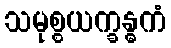
သမုစ္စယက္ခန္ဓကံ